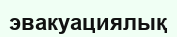
эвакуациялық